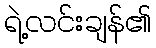
ရဲ့လင်းချန်၏